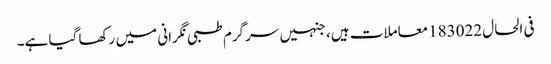
فی الحال 183022معاملات ہیں، جنہیں سرگرم طبی نگرانی میں رکھا گیا ہے۔